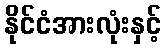
နိုင်ငံအားလုံးနှင့်